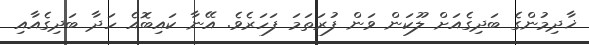
ޚާދިމުންގެ ބަދިގެއަށް ލޫކަން ވަން ފުރަތަމަ ފަހަރެވެ. އޭނާ ކައިބޮއެ ހަދާ ބަދިގެއާއި